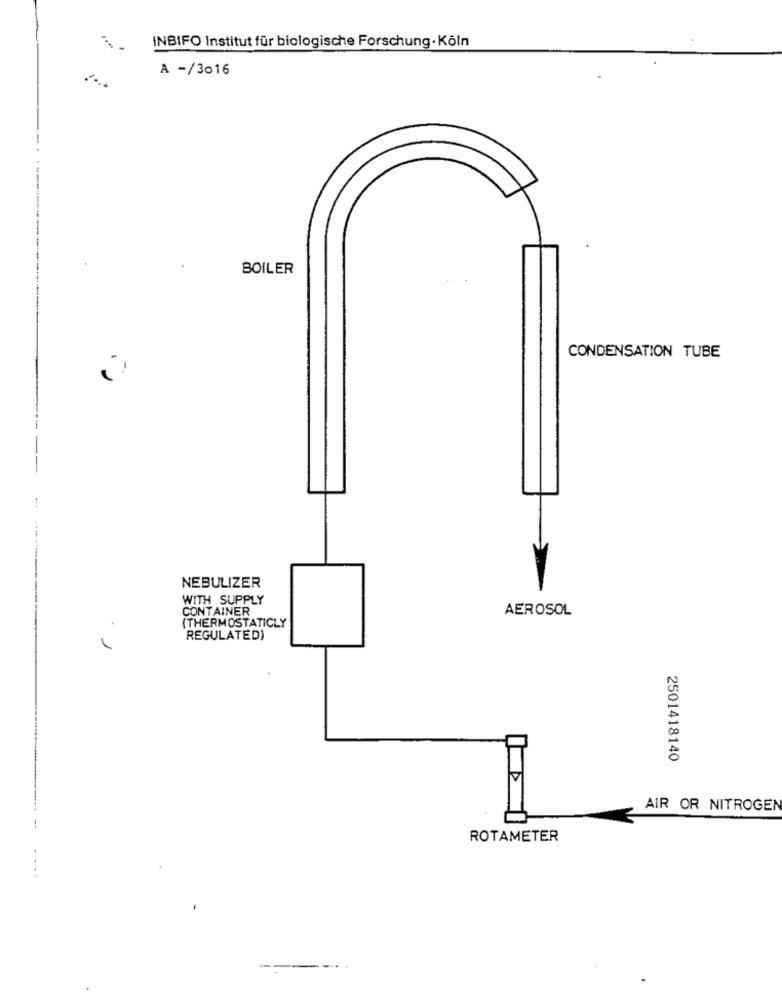
INBIFO Institut für biologische Forschung · Köln
A -/3016
BOILER
CONDENSATION TUBE
NEBULIZER
WITH SUPPLY
CONTAINER
AEROSOL
(THERMOSTATICLY
REGULATED)
2501418140
AIR OR NITROGEN
ROTAMETER
..